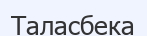
Таласбека